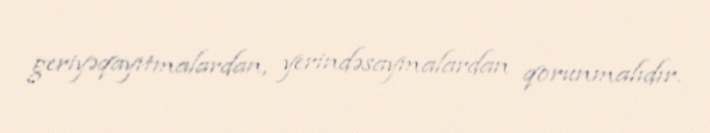
geriyəqayıtmalardan, yerindəsaymalardan qorunmalıdır.